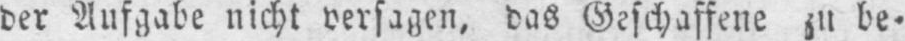
der Aufgabe nicht versagen, das Geschaffene zu be⸗